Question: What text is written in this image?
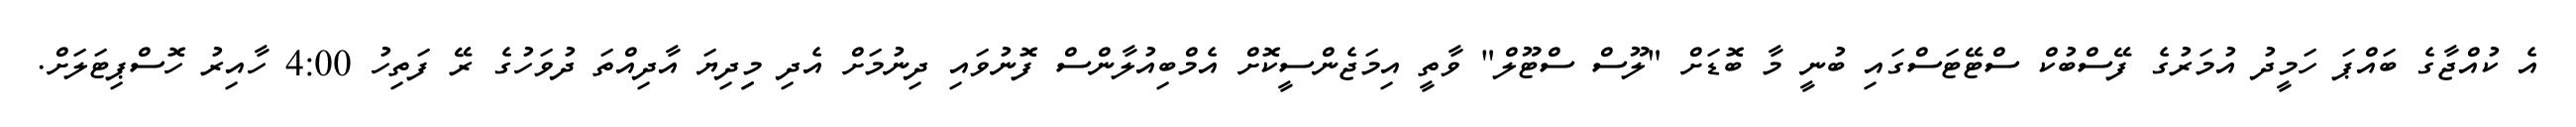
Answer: އެ ކުއްޖާގެ ބައްޕަ ހަމީދު އުމަރުގެ ފޭސްބުކް ސްޓޭޓަސްގައި ބުނީ މާ ބޮޑަށް "ލޫސް ސްޓޫލް" ވާތީ އިމަޖެންސީކޮށް އެމްބިއުލާންސް ފޮނުވައި ދިނުމަށް އެދި މިިދިޔަ އާދިއްތަ ދުވަހުގެ ރޭ ފަތިހު 4:00 ހާއިރު ހޮސްޕިޓަލަށް.